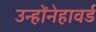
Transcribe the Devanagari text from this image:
उन्होंनेहावर्ड